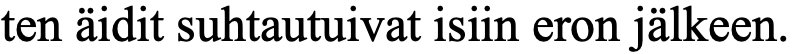
ten äidit suhtautuivat isiin eron jälkeen.